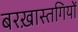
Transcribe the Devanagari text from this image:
बरख़ास्तगियों